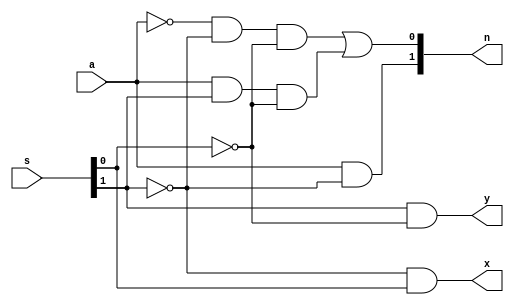
module fsm3_comb_logic (
   input          a,
   input  [1:0]   s,
   output [1:0]   n,
   output         x,
   output         y);
   
   assign n[1] = a & ~s[1];
   assign n[0] = ~a & ~s[1] & ~s[0] | a & s[1] & ~s[0];
   assign x    = ~s[1] & s[0];
   assign y    = s[1] & ~s[0];
   
endmodule